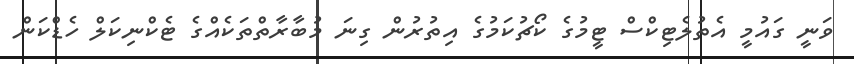
ވަނީ ގައުމީ އެތުލެޓިކްސް ޓީމުގެ ކޯޗުކަމުގެ އިތުރުން ގިނަ މުބާރާތްތަކެއްގެ ޓެކްނިކަލް ހެޑްކަން